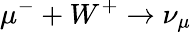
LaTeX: \mu^{-}+W^{+}\to\nu_{\mu}